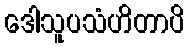
ဒေါသူပသံဟိတာပိ